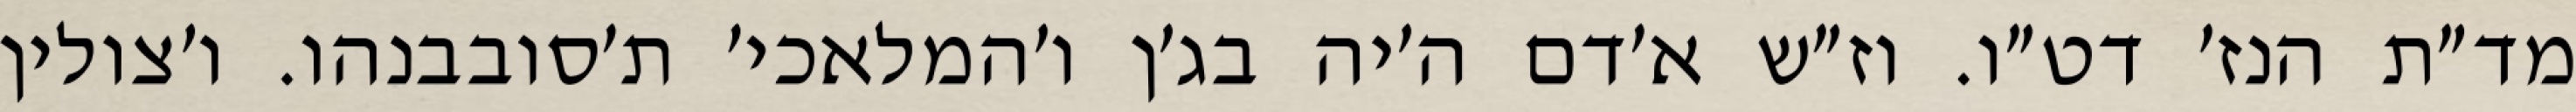
מד״ת הנז׳ דט״ו. וז״ש א׳דם ה׳יה בג׳ן ו׳המלאכי׳ ת׳סובבנהו. ו׳צולין